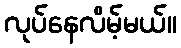
လုပ်နေလိမ့်မယ်။